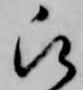
被